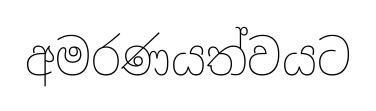
අමරණයත්වයට